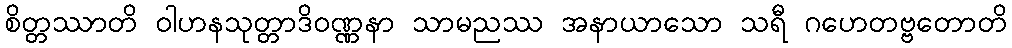
စိတ္တဿာတိ ဝါဟနသုတ္တာဒိဝဏ္ဏနာ သာမညဿ အနာယာသော သရီ ဂဟေတဗ္ဗတောတိ